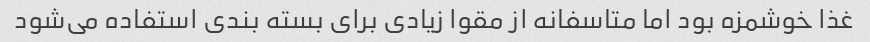
غذا خوشمزه بود اما متاسفانه از مقوا زیادی برای بسته بندی استفاده می‌شود